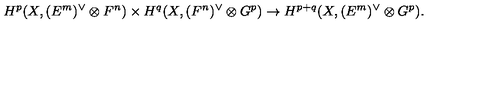
H ^ { p } ( X , ( E ^ { m } ) ^ { \vee } \otimes F ^ { n } ) \times H ^ { q } ( X , ( F ^ { n } ) ^ { \vee } \otimes G ^ { p } ) \to H ^ { p + q } ( X , ( E ^ { m } ) ^ { \vee } \otimes G ^ { p } ) .